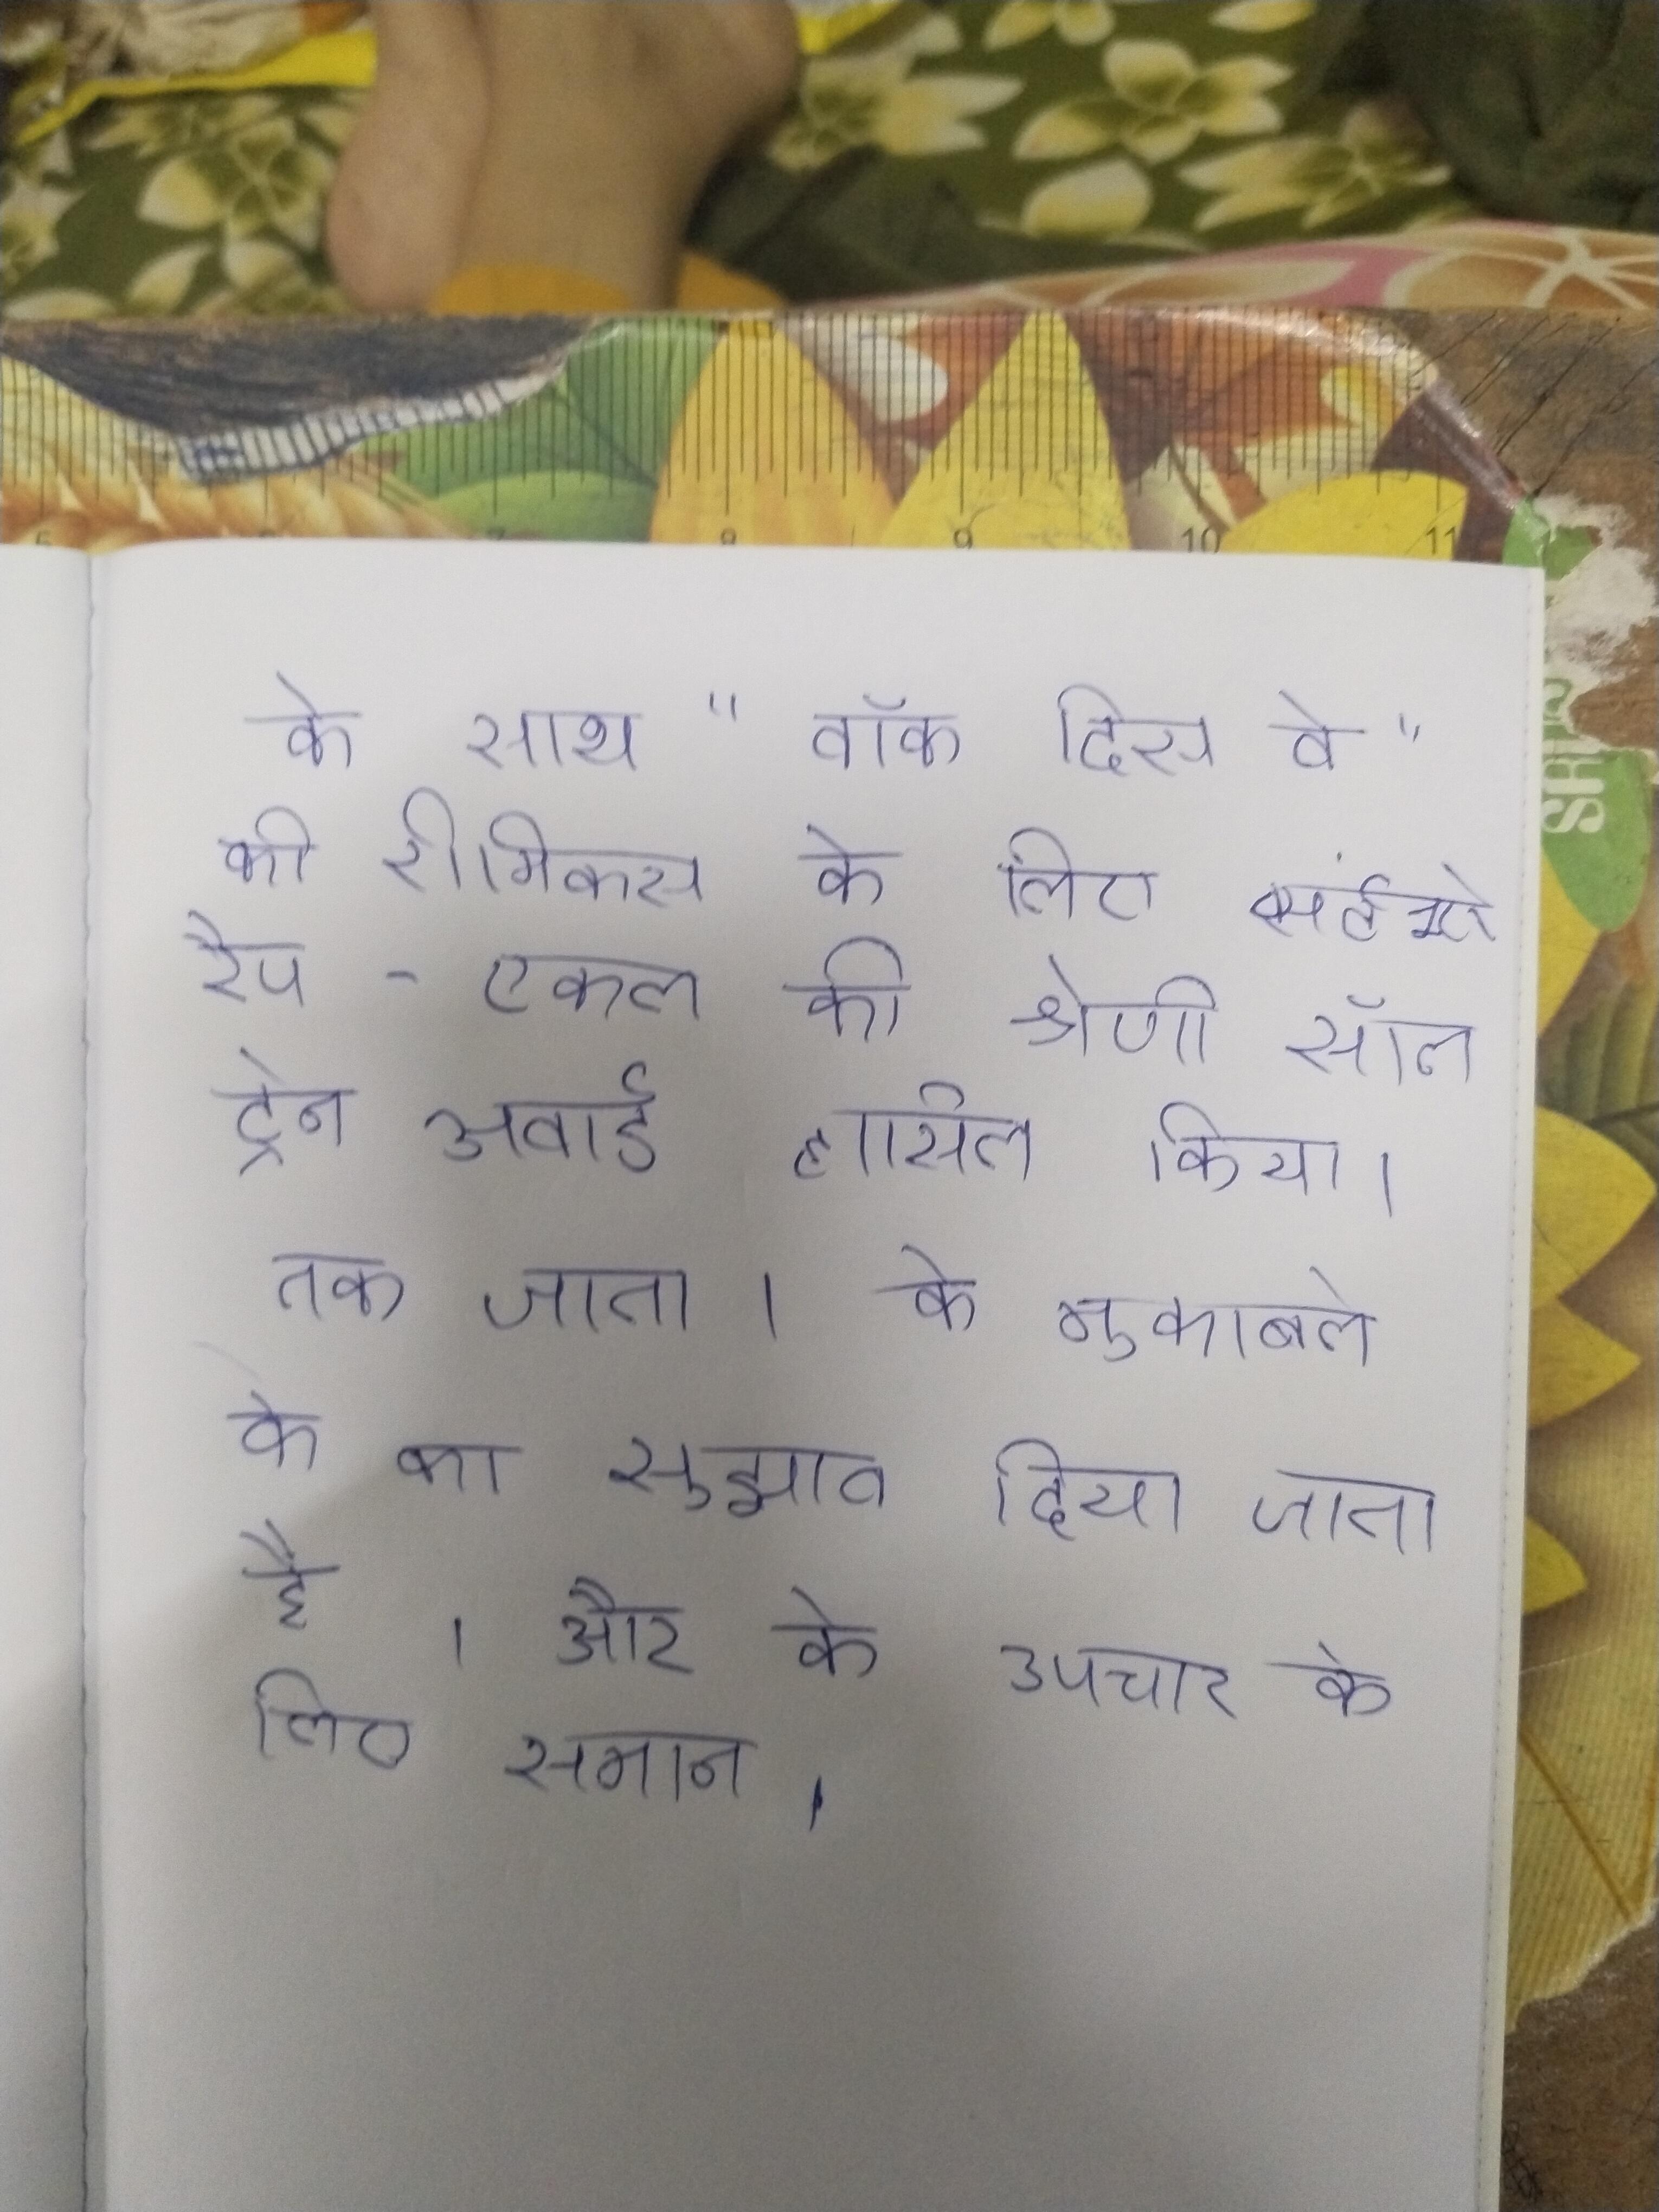
के साथ "वॉक दिस वे" की रीमिक्स के लिए सर्वश्रेष्ठ रैप - एकल की श्रेणी सॉल ट्रेन अवार्ड हासिल किया । तक जाता है । के मुकाबले के लिए आम तौर पर टीके का सुझाव दिया जाता है । और के उपचार के लिए समान ।